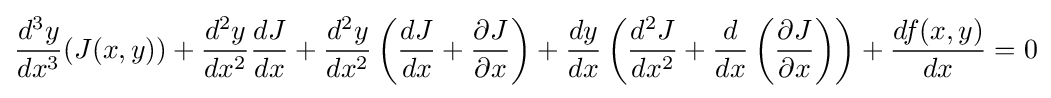
{d^{3}y \over dx^{3}}(J(x,y))+{d^{2}y \over dx^{2}}{dJ \over dx}+{d^{2}y \over dx^{2}}\left({dJ \over dx}+{\partial J \over \partial x}\right)+{dy \over dx}\left({d^{2}J \over dx^{2}}+{d \over dx}\left({\partial J \over \partial x}\right)\right)+{df(x,y) \over dx}=0